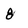
Character: 8